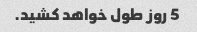
5 روز طول خواهد کشید.